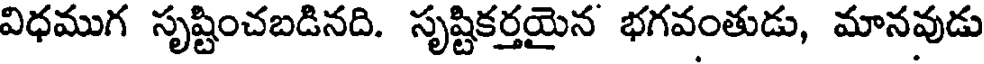
విధముగ సృష్టించబడినది. సృష్టికర్తయైన భగవంతుడు, మానవుడు